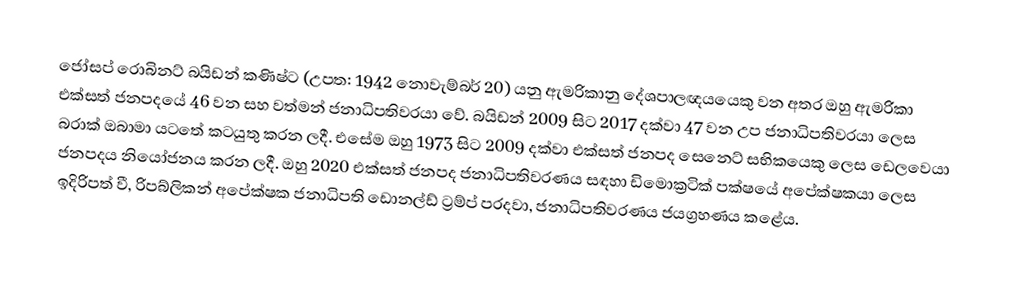
ජෝසප් රොබිනට් බයිඩන් කණිෂ්ට (උපත: 1942 නොවැම්බර් 20) යනු ඇමරිකානු දේශපාලඥයයෙකු වන අතර ඔහු ඇමරිකා එක්සත් ජනපදයේ 46 වන සහ වත්මන් ජනාධිපතිවරයා වේ. බයිඩන් 2009 සිට 2017 දක්වා 47 වන උප ජනාධිපතිවරයා ලෙස බරාක් ඔබාමා යටතේ කටයුතු කරන ලදී. එසේම ඔහු 1973 සිට 2009 දක්වා එක්සත් ජනපද සෙනෙට්  සභිකයෙකු ලෙස ඩෙලවෙයා ජනපදය නියෝජනය කරන ලදී. ඔහු 2020 එක්සත් ජනපද ජනාධිපතිවරණය සඳහා ඩිමොක්‍රටික් පක්ෂයේ අපේක්ෂකයා ලෙස ඉදිරිපත් වී, රිපබ්ලිකන් අපේක්ෂක ජනාධිපති ඩොනල්ඩ් ට්‍රම්ප් පරදවා, ජනාධිපතිවරණය ජයග්‍රහණය කළේය.